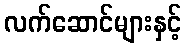
လက်ဆောင်များနှင့်